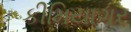
કીમિયાગર